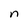
Character: n